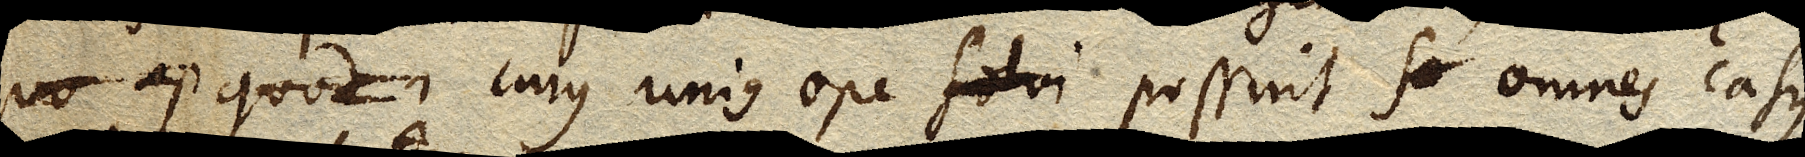
quo ap quod cujus unius ope solvi possint so omnes casus